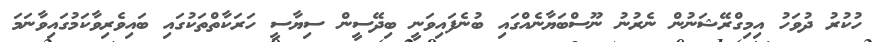
ހުކުރު ދުވަހު އިމިގްރޭޝަނުން ނެރުނު ނޫސްބަޔާނެއްގައި ބުނެފައިވަނީ ބިދޭސީން ސިޔާސީ ހަރަކާތްތަކުގައި ބައިވެރިވާކަމުގައިވާނަމަ